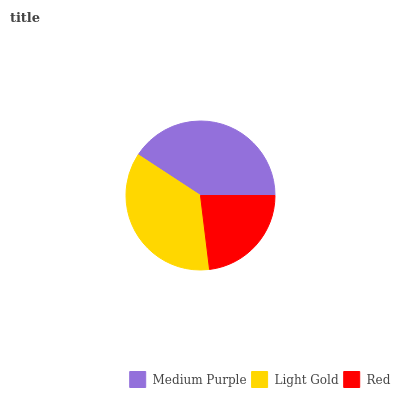
| Medium Purple | Light Gold | Red |
 | --- | --- | --- |
 | 40.8% | 36.1% | 23.1% |